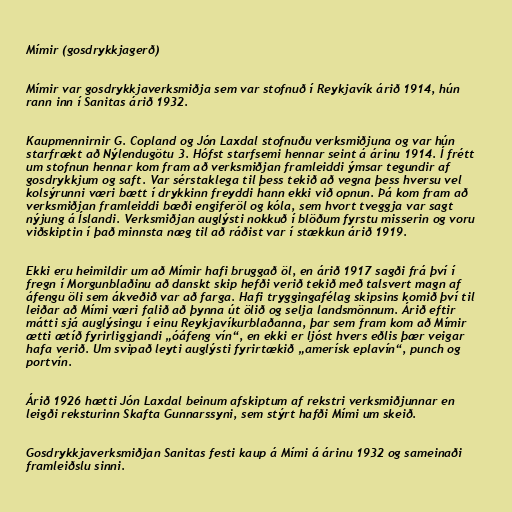
Mímir (gosdrykkjagerð)

Mímir var gosdrykkjaverksmiðja sem var stofnuð í Reykjavík árið 1914, hún
rann inn í Sanitas árið 1932.

Kaupmennirnir G. Copland og Jón Laxdal stofnuðu verksmiðjuna og var hún
starfrækt að Nýlendugötu 3. Hófst starfsemi hennar seint á árinu 1914. Í frétt
um stofnun hennar kom fram að verksmiðjan framleiddi ýmsar tegundir af
gosdrykkjum og saft. Var sérstaklega til þess tekið að vegna þess hversu vel
kolsýrunni væri bætt í drykkinn freyddi hann ekki við opnun. Þá kom fram að
verksmiðjan framleiddi bæði engiferöl og kóla, sem hvort tveggja var sagt
nýjung á Íslandi. Verksmiðjan auglýsti nokkuð í blöðum fyrstu misserin og voru
viðskiptin í það minnsta næg til að ráðist var í stækkun árið 1919.

Ekki eru heimildir um að Mímir hafi bruggað öl, en árið 1917 sagði frá því í
fregn í Morgunblaðinu að danskt skip hefði verið tekið með talsvert magn af
áfengu öli sem ákveðið var að farga. Hafi tryggingafélag skipsins komið því til
leiðar að Mími væri falið að þynna út ölið og selja landsmönnum. Árið eftir
mátti sjá auglýsingu í einu Reykjavíkurblaðanna, þar sem fram kom að Mímir
ætti ætíð fyrirliggjandi „óáfeng vín“, en ekki er ljóst hvers eðlis þær veigar
hafa verið. Um svipað leyti auglýsti fyrirtækið „amerísk eplavín“, punch og
portvín.

Árið 1926 hætti Jón Laxdal beinum afskiptum af rekstri verksmiðjunnar en
leigði reksturinn Skafta Gunnarssyni, sem stýrt hafði Mími um skeið.

Gosdrykkjaverksmiðjan Sanitas festi kaup á Mími á árinu 1932 og sameinaði
framleiðslu sinni.